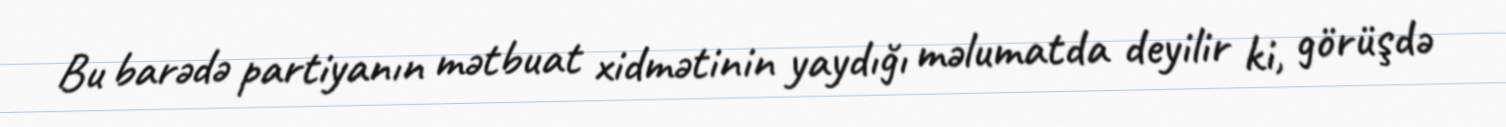
Bu barədə partiyanın mətbuat xidmətinin yaydığı məlumatda deyilir ki, görüşdə